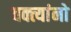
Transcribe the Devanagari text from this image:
वक्त्यांनो